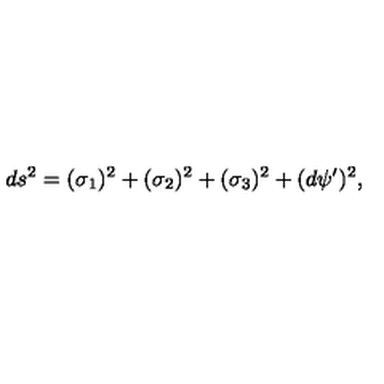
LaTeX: d s ^ { 2 } = ( \sigma _ { 1 } ) ^ { 2 } + ( \sigma _ { 2 } ) ^ { 2 } + ( \sigma _ { 3 } ) ^ { 2 } + ( d \psi ^ { \prime } ) ^ { 2 } ,